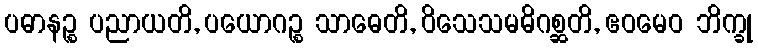
ပဓာနဉ္စ ပညာယတိ, ပယောဂဉ္စ သာဓေတိ, ဝိသေသမဓိဂစ္ဆတိ, ဧဝမေဝ ဘိက္ခု